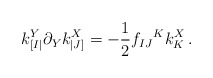
\begin{align*}k_{[I|}^Y \partial_Y k^X_{|J]}=-\frac 12 f_{IJ}{}^K k_K^X \,.\end{align*}